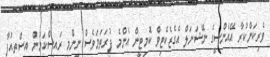
ވެރިކަންކުރާ އޭއެންސީގެ ނޭޝަނަލް އެގެޒެކެޓިވް ކޮމިޓީން އެންމެ ފުރަތަމަވެސް ނިންމީ ރައީސްކަމުން އިސްތިއުފާ